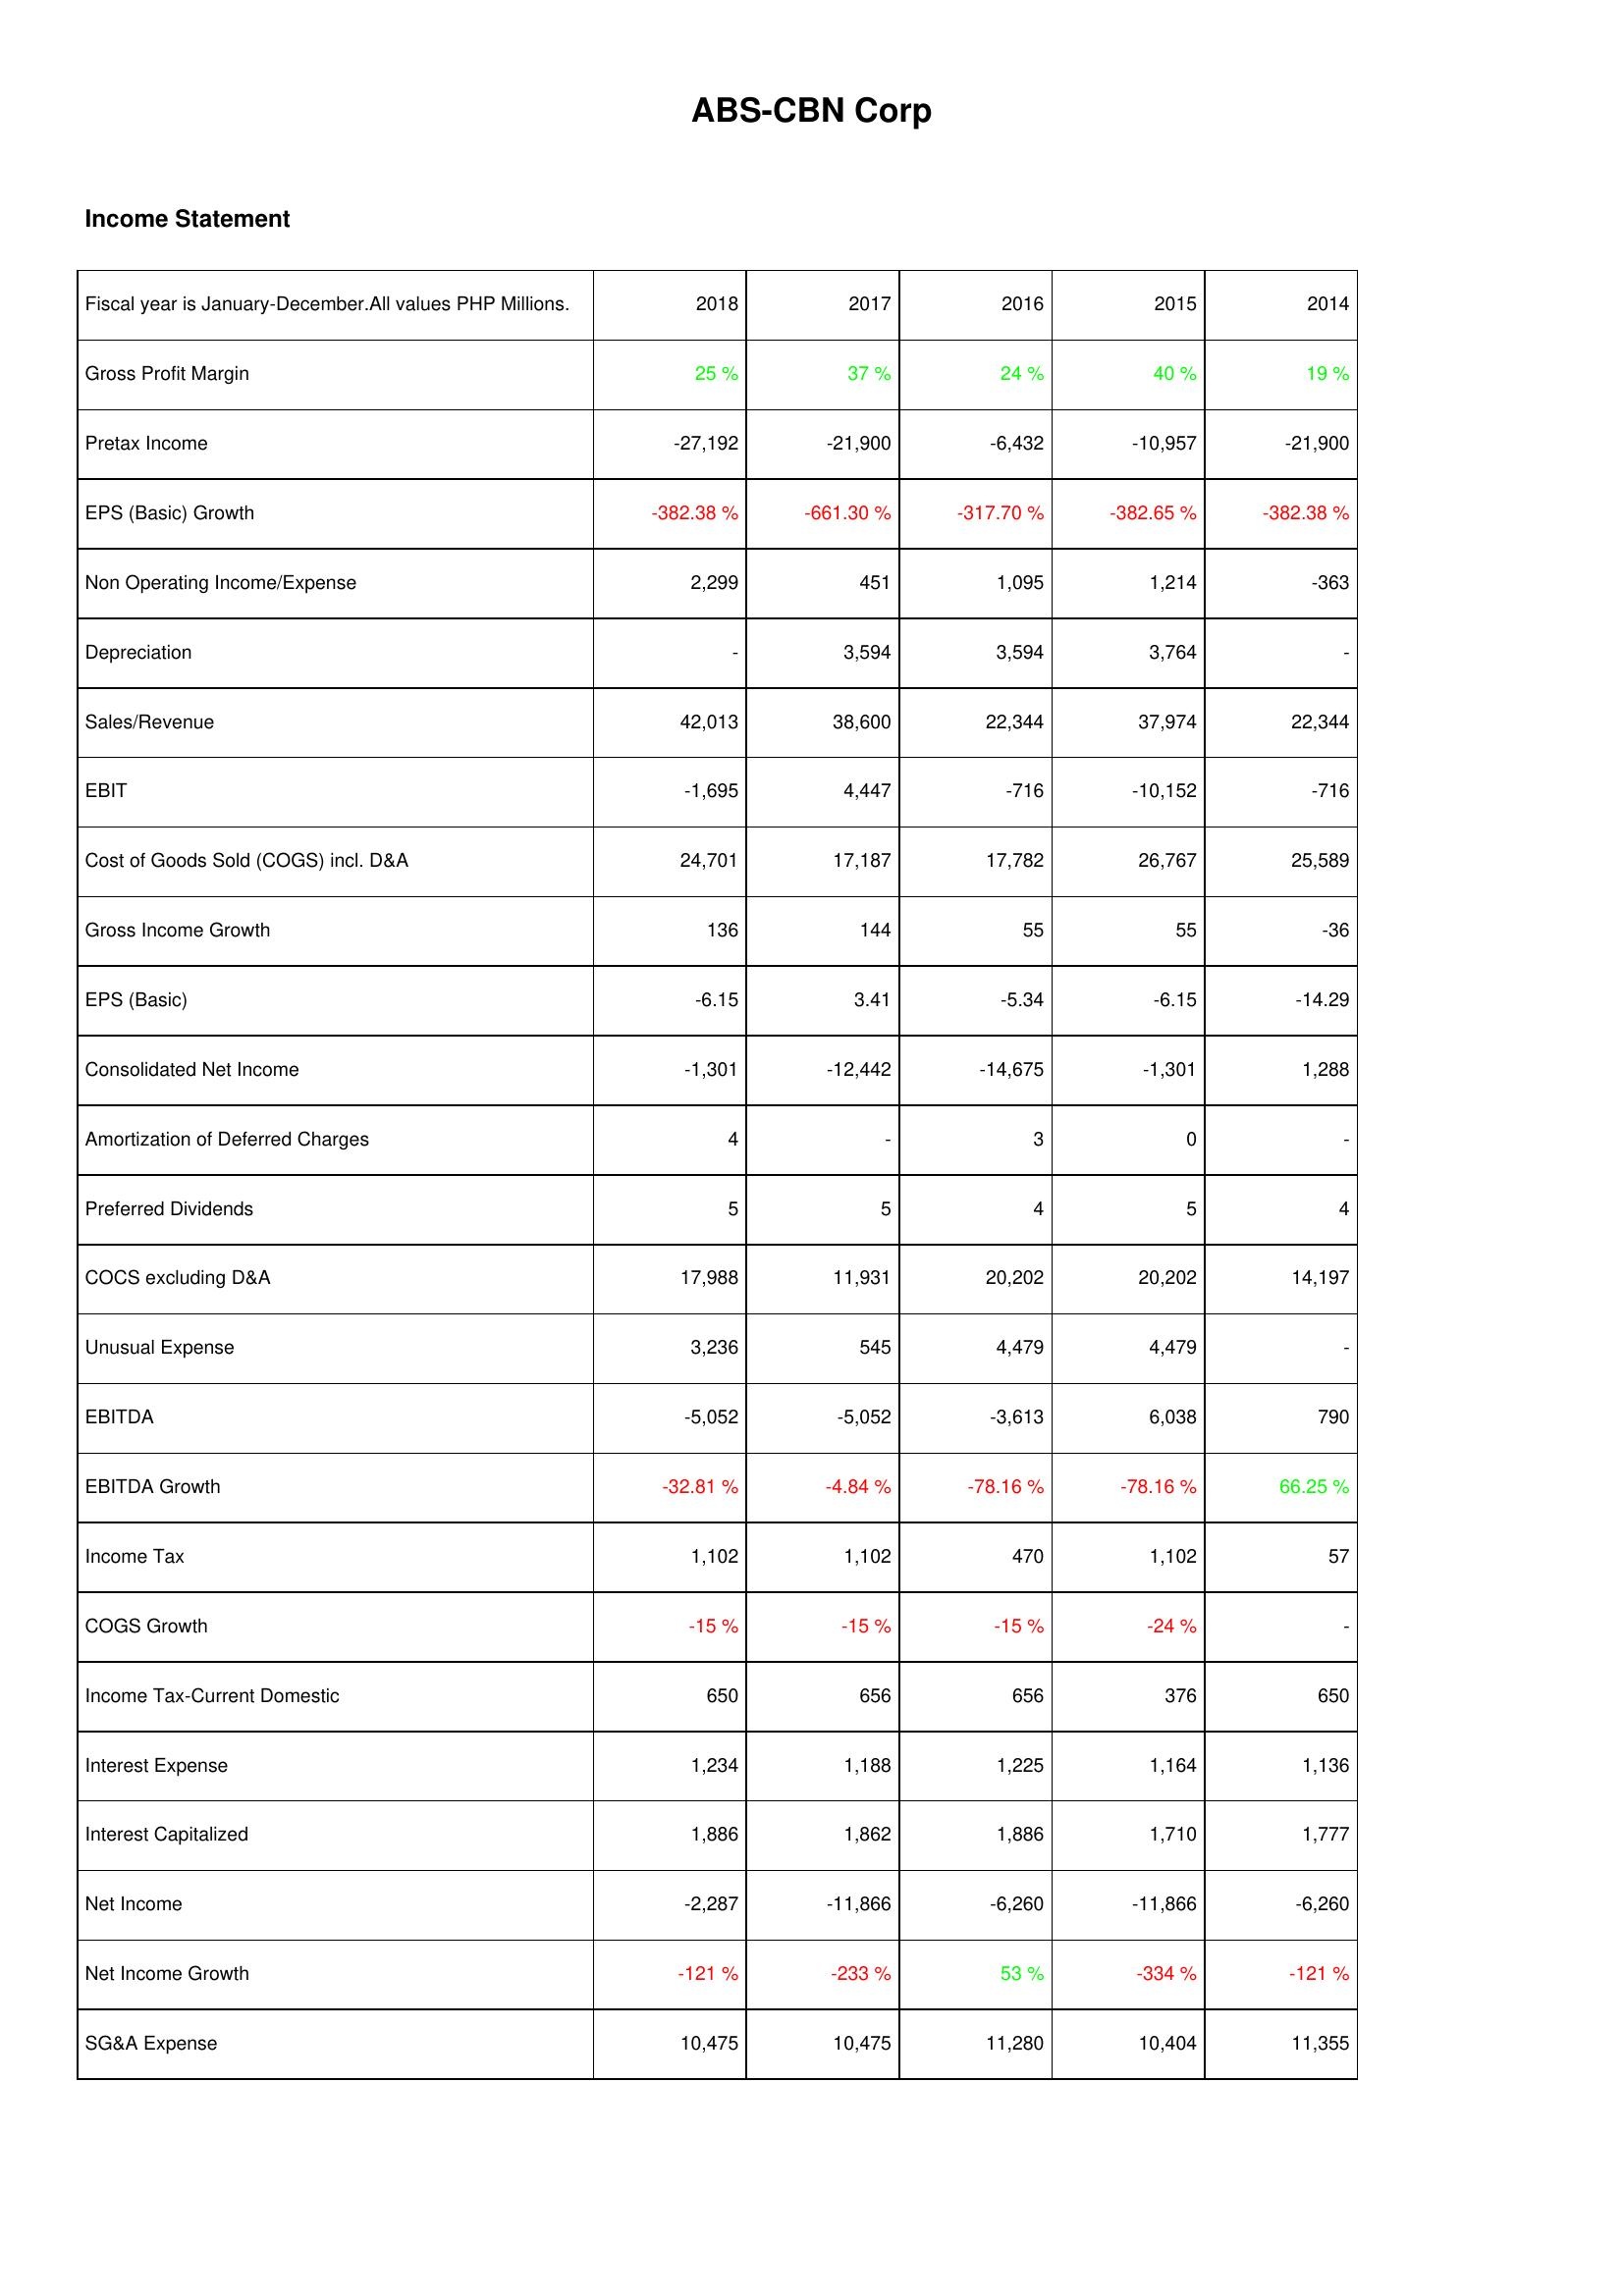
2018: Income Statement: Gross Profit Margin: 25 %
Pretax Income: -27,192
EPS (Basic) Growth: -382.38 %
Non Operating Income/Expense: 2,299
Depreciation: -
Sales/Revenue: 42,013
EBIT: -1,695
Cost of Goods Sold (COGS) incl. D&A: 24,701
Gross Income Growth: 136
EPS (Basic): -6.15
Consolidated Net Income: -1,301
Amortization of Deferred Charges: 4
Preferred Dividends: 5
COCS excluding D&A: 17,988
Unusual Expense: 3,236
EBITDA: -5,052
EBITDA Growth: -32.81 %
Income Tax: 1,102
COGS Growth: -15 %
Income Tax-Current Domestic: 650
Interest Expense: 1,234
Interest Capitalized: 1,886
Net Income: -2,287
Net Income Growth: -121 %
SG&A Expense: 10,475
2017: Income Statement: Gross Profit Margin: 37 %
Pretax Income: -21,900
EPS (Basic) Growth: -661.30 %
Non Operating Income/Expense: 451
Depreciation: 3,594
Sales/Revenue: 38,600
EBIT: 4,447
Cost of Goods Sold (COGS) incl. D&A: 17,187
Gross Income Growth: 144
EPS (Basic): 3.41
Consolidated Net Income: -12,442
Amortization of Deferred Charges: -
Preferred Dividends: 5
COCS excluding D&A: 11,931
Unusual Expense: 545
EBITDA: -5,052
EBITDA Growth: -4.84 %
Income Tax: 1,102
COGS Growth: -15 %
Income Tax-Current Domestic: 656
Interest Expense: 1,188
Interest Capitalized: 1,862
Net Income: -11,866
Net Income Growth: -233 %
SG&A Expense: 10,475
2016: Income Statement: Gross Profit Margin: 24 %
Pretax Income: -6,432
EPS (Basic) Growth: -317.70 %
Non Operating Income/Expense: 1,095
Depreciation: 3,594
Sales/Revenue: 22,344
EBIT: -716
Cost of Goods Sold (COGS) incl. D&A: 17,782
Gross Income Growth: 55
EPS (Basic): -5.34
Consolidated Net Income: -14,675
Amortization of Deferred Charges: 3
Preferred Dividends: 4
COCS excluding D&A: 20,202
Unusual Expense: 4,479
EBITDA: -3,613
EBITDA Growth: -78.16 %
Income Tax: 470
COGS Growth: -15 %
Income Tax-Current Domestic: 656
Interest Expense: 1,225
Interest Capitalized: 1,886
Net Income: -6,260
Net Income Growth: 53 %
SG&A Expense: 11,280
2015: Income Statement: Gross Profit Margin: 40 %
Pretax Income: -10,957
EPS (Basic) Growth: -382.65 %
Non Operating Income/Expense: 1,214
Depreciation: 3,764
Sales/Revenue: 37,974
EBIT: -10,152
Cost of Goods Sold (COGS) incl. D&A: 26,767
Gross Income Growth: 55
EPS (Basic): -6.15
Consolidated Net Income: -1,301
Amortization of Deferred Charges: 0
Preferred Dividends: 5
COCS excluding D&A: 20,202
Unusual Expense: 4,479
EBITDA: 6,038
EBITDA Growth: -78.16 %
Income Tax: 1,102
COGS Growth: -24 %
Income Tax-Current Domestic: 376
Interest Expense: 1,164
Interest Capitalized: 1,710
Net Income: -11,866
Net Income Growth: -334 %
SG&A Expense: 10,404
2014: Income Statement: Gross Profit Margin: 19 %
Pretax Income: -21,900
EPS (Basic) Growth: -382.38 %
Non Operating Income/Expense: -363
Depreciation: -
Sales/Revenue: 22,344
EBIT: -716
Cost of Goods Sold (COGS) incl. D&A: 25,589
Gross Income Growth: -36
EPS (Basic): -14.29
Consolidated Net Income: 1,288
Amortization of Deferred Charges: -
Preferred Dividends: 4
COCS excluding D&A: 14,197
Unusual Expense: -
EBITDA: 790
EBITDA Growth: 66.25 %
Income Tax: 57
COGS Growth: -
Income Tax-Current Domestic: 650
Interest Expense: 1,136
Interest Capitalized: 1,777
Net Income: -6,260
Net Income Growth: -121 %
SG&A Expense: 11,355